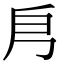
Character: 㐆